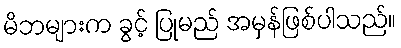
မိဘများက ခွင့် ပြုမည် အမှန်ဖြစ်ပါသည်။